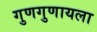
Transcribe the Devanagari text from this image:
गुणगुणायला